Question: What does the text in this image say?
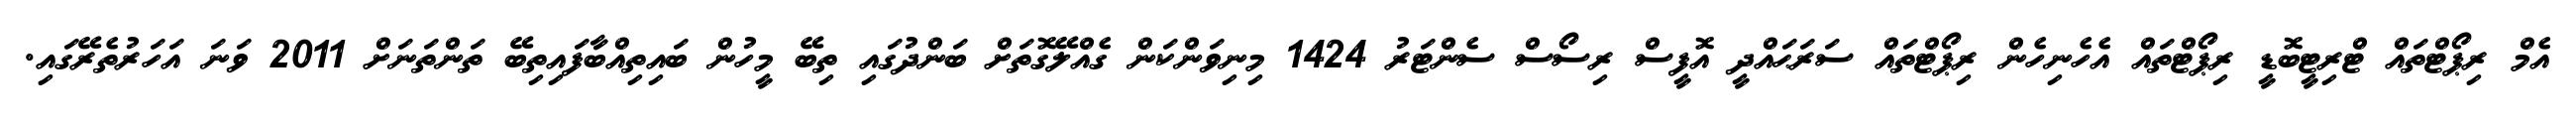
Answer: އެމް ރިޕޯޓްތައް ޓްރިޓީބޮޑީ ރިޕޯޓްތައް އެހެނިހެން ރިޕޯޓްތައް ސަރަޙައްދީ އޮފީސް ރިސޯސް ސެންޓަރު 1424 މިނިވަންކަން ގެއްލޭގޮތަށް ބަންދުގައި ތިބޭ މީހުން ބައިތިއްބާފައިތިބޭ ތަންތަނަށް 2011 ވަނަ އަހަރުތެރޭގައި.